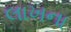
લાખના